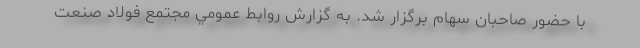
با حضور صاحبان سهام برگزار شد. به گزارش روابط عمومي مجتمع فولاد صنعت